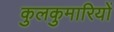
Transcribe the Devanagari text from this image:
कुलकुमारियों